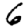
Digit: 6